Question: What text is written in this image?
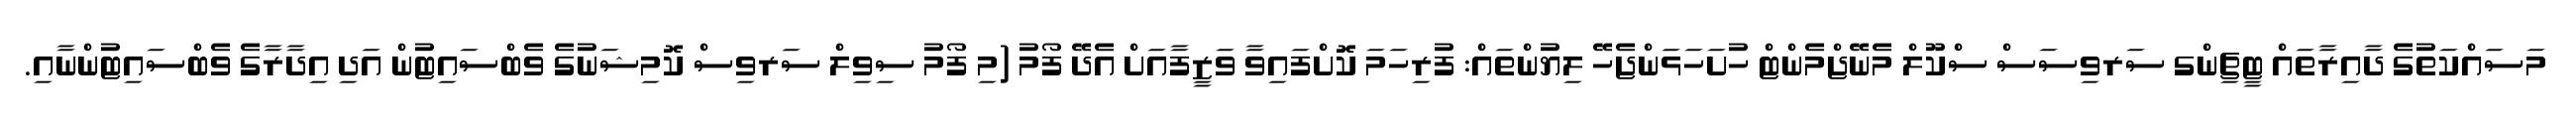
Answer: މަސައްކަތުގެ ދާއިރާތައް ޓީޗިންގ ސަރވިސަސް ސްކޫލް މެނޭޖްމެންޓް ހުށަހަޅަންޖެހޭ ލިޔުންތައް: ފުރިހަމަ ކޮށްފައިވާ ވަޒީފާއަށް އެދޭ ފޯމު (މި ފޯމު ސިވިލް ސަރވިސް ކޮމިޝަނުގެ ވެބްސައިޓުން އަދި އިދާރާގެ ވެބްސައިޓުންނާއި.